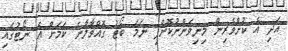
އަދި އެ ކުށްވެރިން މިނިވަންނުކޮށްފި ނަމަ ބޯޓު ގޮއްވާލާނެ ކަމަށް އެ ނޯޓުގައި